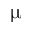
\upmu